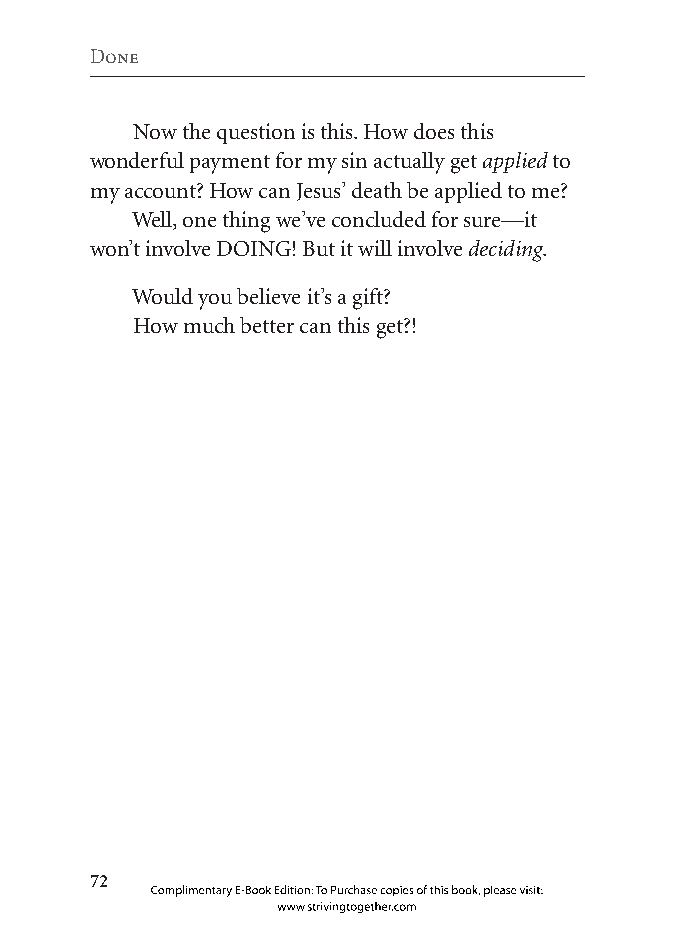
Done
 Now the question is this. How does this
 wonderful payment for my sin actually get applied to
 my account? How can Jesus’ death be applied to me?
 Well, one thing we’ve concluded for sure—it
 won’t involve DOING! But it will involve deciding.
 Would you believe it’s a gift?
 How much better can this get?!
 
 Complimentary E-Book Edition: To Purchase copies of this book, please visit:
 www.strivingtogether.com